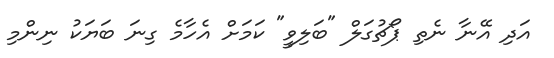
އަދި އޭނާ ނެތި ޕޯޗުގަލް "ބަލިވީ" ކަމަށް އެހާމެ ގިނަ ބަޔަކު ނިންމި